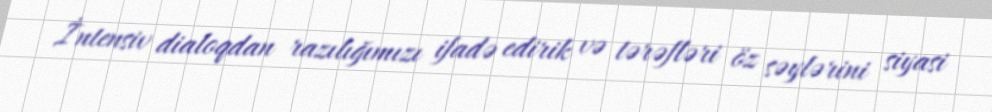
İntensiv dialoqdan razılığımızı ifadə edirik və tərəfləri öz səylərini siyasi